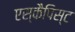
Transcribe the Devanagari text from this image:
एस्कैपिस्ट